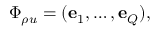
\Phi _ { \rho u } = ( \ensuremath { \mathbf { e } } _ { 1 } , \dots , \ensuremath { \mathbf { e } } _ { Q } ) ,